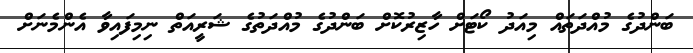
ބަންދުގެ މުއްދަތައް މިއަދު ކޯޓަށް ހާޒިރުކޮށް ބަންދުގެ މުއްދަތުގެ ޝަރީއަތް ނިމިފައިވާ އެންމެނަށް